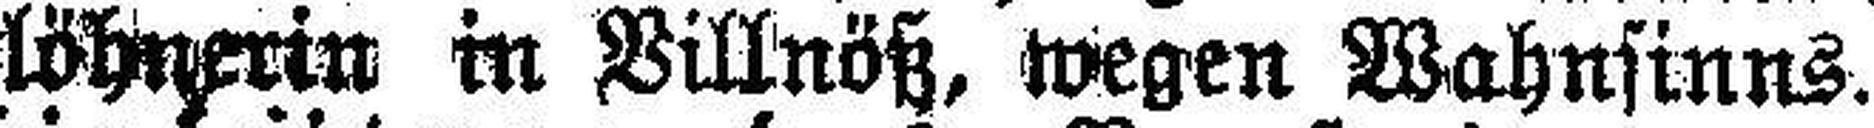
Toglöhnerin in Villnöß, wegen Wahnsinns.